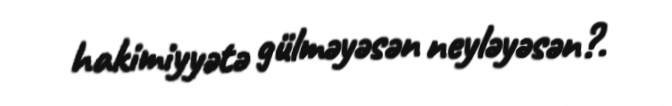
hakimiyyətə gülməyəsən neyləyəsən?.